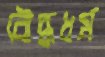
বৌদ্ধধর্ম